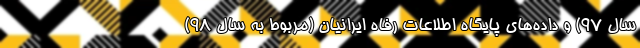
سال ۹۷) و داده‌های پایگاه اطلاعات رفاه ایرانیان (مربوط به سال ۹۸)